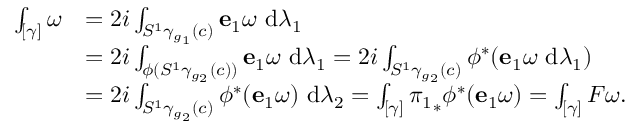
\begin{array} { r l } { \int _ { [ \gamma ] } \omega } & { = 2 i \int _ { S ^ { 1 } \gamma _ { g _ { 1 } } ( c ) } \mathbf { e } _ { 1 } \omega ~ \mathrm { d } \lambda _ { 1 } } \\ & { = 2 i \int _ { \phi ( S ^ { 1 } \gamma _ { g _ { 2 } } ( c ) ) } \mathbf { e } _ { 1 } \omega ~ \mathrm { d } \lambda _ { 1 } = 2 i \int _ { S ^ { 1 } \gamma _ { g _ { 2 } } ( c ) } \phi ^ { * } ( \mathbf { e } _ { 1 } \omega ~ \mathrm { d } \lambda _ { 1 } ) } \\ & { = 2 i \int _ { S ^ { 1 } \gamma _ { g _ { 2 } } ( c ) } \phi ^ { * } ( \mathbf { e } _ { 1 } \omega ) ~ \mathrm { d } \lambda _ { 2 } = \int _ { [ \gamma ] } { \pi _ { 1 } } _ { * } \phi ^ { * } ( \mathbf { e } _ { 1 } \omega ) = \int _ { [ \gamma ] } F \omega . } \end{array}